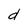
Character: d